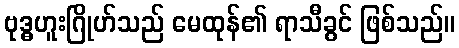
ဗုဒ္ဓဟူးဂြိုဟ်သည် မေထုန်၏ ရာသီခွင် ဖြစ်သည်။